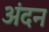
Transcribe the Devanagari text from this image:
अंदन